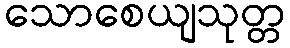
သောစေယျသုတ္တ